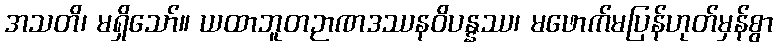
အသတိ၊ မရှိသော်။ ယထာဘူတဉာဏဒဿနဝိပန္နဿ၊ မဖောက်မပြန်ဟုတ်မှန်စွာ